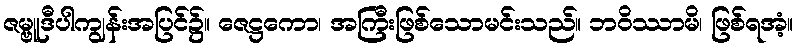
ဇမ္ဗူဒီပါကျွန်းအပြင်၌။ ဇေဋ္ဌကော၊ အကြီးဖြစ်သောမင်းသည်။ ဘဝိဿာမိ၊ ဖြစ်ရအံ့။